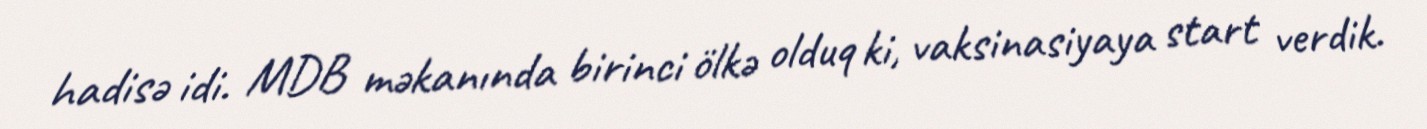
hadisə idi. MDB məkanında birinci ölkə olduq ki, vaksinasiyaya start verdik.